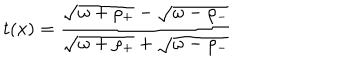
t ( x ) = { \frac { \sqrt { \omega + \rho _ { + } } - \sqrt { \omega - \rho _ { - } } } { \sqrt { \omega + \rho _ { + } } + \sqrt { \omega - \rho _ { - } } } }